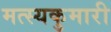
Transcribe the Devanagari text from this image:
मत्स्यकुमारी